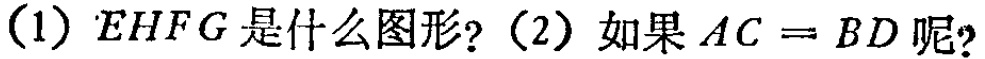
(1) $EHFG$是什么图形? (2) 如果$AC = BD$呢?